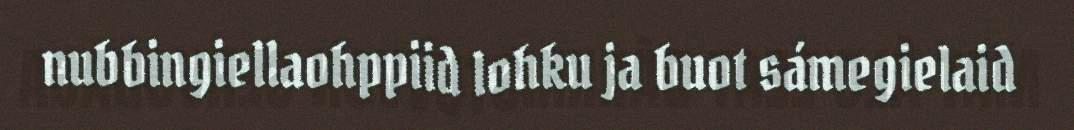
nubbingiellaohppiid lohku ja buot sámegielaid